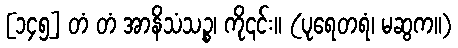
[၁၄၅] တံ တံ အာနိသံသဉ္စ၊ ကို၎င်း။ (ပုရေတရံ၊ မဆွက။)